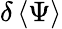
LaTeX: \delta\left\langle\Psi\right\rangle